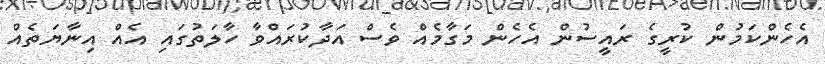
އެހެންކަމުން ކުރީގެ ރައީސުން އެހެން މަގާމެއް ވެސް އަދާކުރައްވާ ހާލަތުގައި އެއް އިނާޔަތެއް